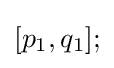
[p_{1},q_{1}];